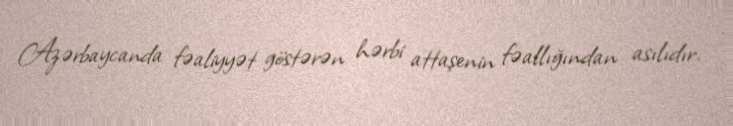
Azərbaycanda fəaliyyət göstərən hərbi attaşenin fəallığından asılıdır.